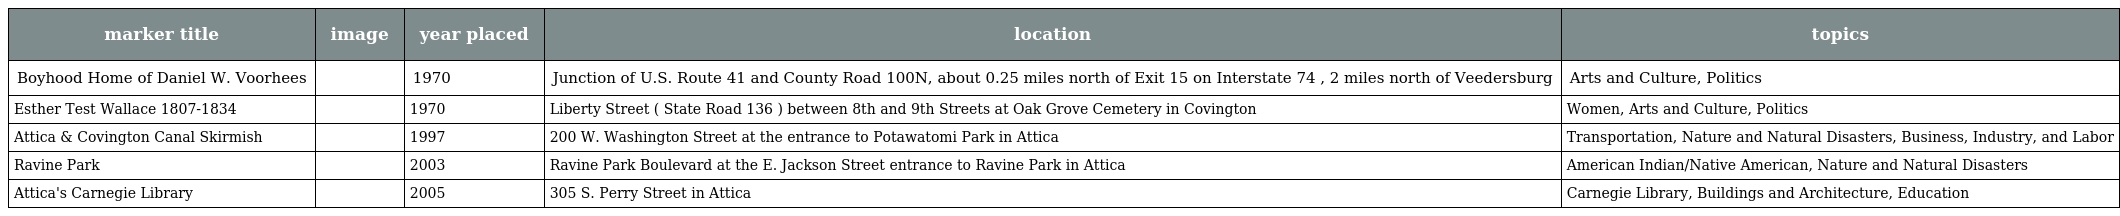
| marker title | image | year placed | location | topics |
 | --- | --- | --- | --- | --- |
 | Boyhood Home of Daniel W. Voorhees |  | 1970 | Junction of U.S. Route 41 and County Road 100N, about 0.25 miles north of Exit 15 on Interstate 74 , 2 miles north of Veedersburg | Arts and Culture, Politics |
 | Esther Test Wallace 1807-1834 |  | 1970 | Liberty Street ( State Road 136 ) between 8th and 9th Streets at Oak Grove Cemetery in Covington | Women, Arts and Culture, Politics |
 | Attica & Covington Canal Skirmish |  | 1997 | 200 W. Washington Street at the entrance to Potawatomi Park in Attica | Transportation, Nature and Natural Disasters, Business, Industry, and Labor |
 | Ravine Park |  | 2003 | Ravine Park Boulevard at the E. Jackson Street entrance to Ravine Park in Attica | American Indian/Native American, Nature and Natural Disasters |
 | Attica's Carnegie Library |  | 2005 | 305 S. Perry Street in Attica | Carnegie Library, Buildings and Architecture, Education |